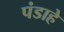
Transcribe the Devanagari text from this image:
पंडाहे